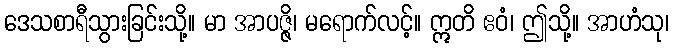
ဒေသစာရီသွားခြင်းသို့။ မာ အာပဇ္ဇိ၊ မရောက်လင့်။ ဣတိ ဧဝံ၊ ဤသို့။ အာဟံသု၊